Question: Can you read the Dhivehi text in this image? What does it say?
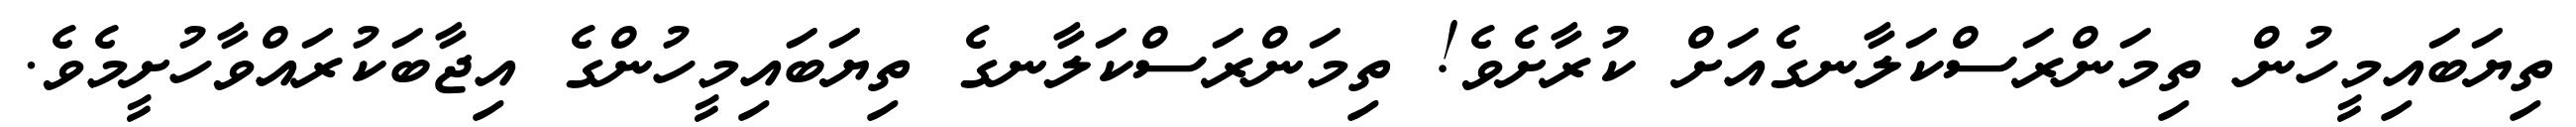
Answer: ތިޔަބައިމީހުން ތިމަންރަސްކަލާނގެއަށް ކުރާށެވެ! ތިމަންރަސްކަލާނގެ ތިޔަބައިމީހުންގެ އިޖާބަކުރައްވާހުށީމެވެ.